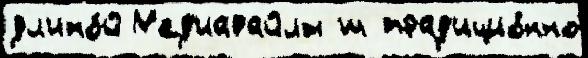
дл'ино́й М'ед'иафайлы ш трад'ицио́нно